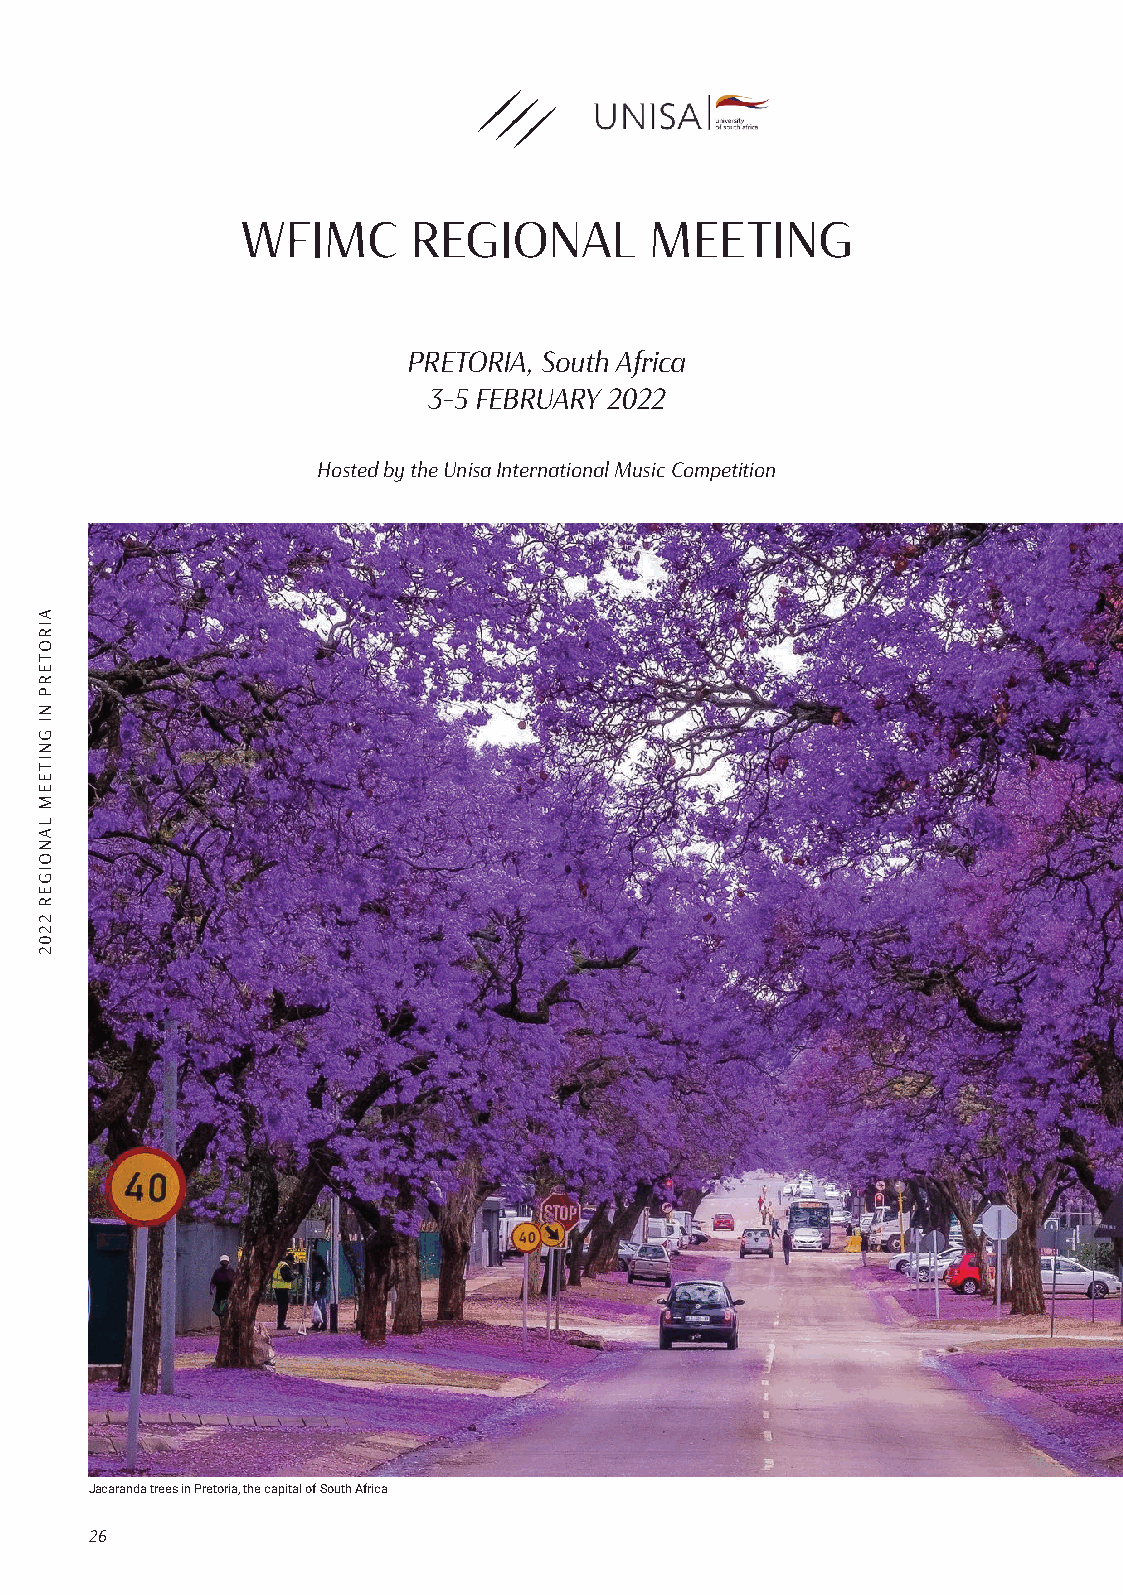
WFIMC      REGIONAL        MEETING
 PRETORIA, South Africa
 3-5 FEBRUARY 2022
 Hosted by the Unisa International Music Competition
 Jacaranda trees in Pretoria, the capital of South Africa
 26
 AIROTERP
 NI
 GNITEEM
 LANOIGER
 2202